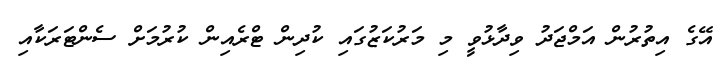
އޭގެ އިތުރުން އަމްޖަދު ވިދާޅުވީ މި މަރުކަޒުގައި ކުދިން ޓްރެއިން ކުރުމަށް ސެންޓަރަކާއި